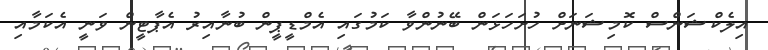
އިލެކްޝަންސް ކޮމިޝަނަށް ހުށަހަޅަން ބޭނުންވާ ކަމުގައި އެމްޑީޕީން ބުނާއިރު އެޕާޓީން ވަނީ އެކަމާއި